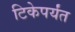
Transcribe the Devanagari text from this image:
टिकेपर्यंत